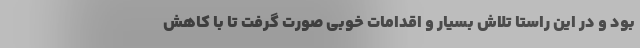
بود و در این راستا تلاش بسیار و اقدامات خوبی صورت گرفت تا با کاهش